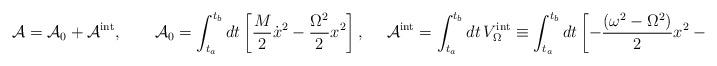
LaTeX: \begin{align*}{\cal A}={\cal A}_0+{\cal A}^{\rm int},~~~~~~{\cal A}_0=\int_{t_a}^{t_b} dt\left[\frac{M}{2}\dot x^2-\frac{ \Omega ^2}{2}x^2\right] ,~~~~{\cal A}^{\rm int}=\int_{t_a}^{t_b} dt\,V^{\rm int}_{\Omega}\equiv\int_{t_a}^{t_b} dt\left[-\frac{( \omega ^2- \Omega ^2)}{2}x^2-V^{\rm int}(x)\right] ,\end{align*}